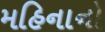
મહિનાનો